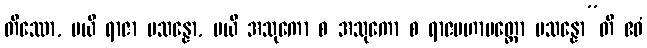
တိဿော, မယိ ရာဇာ ပသန္နော, မယိ အသုကော စ အသုကော စ ရာဇမဟာမတ္တော ပသန္နော”တိ ဧဝံ